Lunatic asylums Punjab 1895-1910 - 1895-1910
Year: 1895
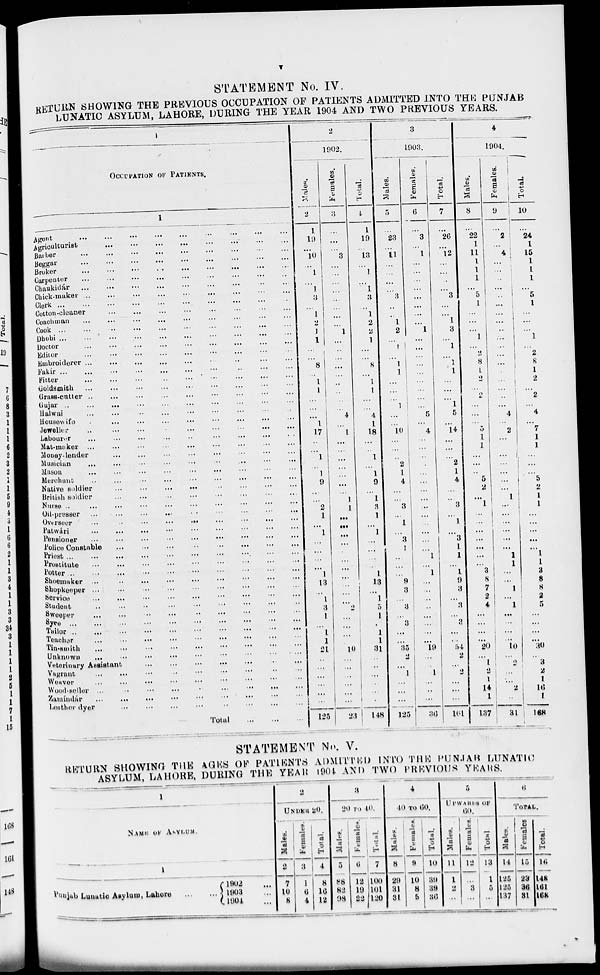
v
STATEMENT No. IV.
RETURN SHOWING THE PREVIOUS OCCUPATION OF PATIENTS ADMITTED INTO THE PUNJAB
LUNATIC ASYLUM, LAHORE, DURING THE YEAR 1904 AND TWO PREVIOUS YEARS.
1
OCCUPATION OF PATIENTS.
1
Agent
...
...
...
...
...
...
...
...
...
Agriculturist
... ... ... ...
...
...
...
Barber
...
...
...
...
...
...
...
Beggar
...
...
...
...
...
...
...
...
...
Broker
...
...
...
...
...
...
...
...
...
Carpenter
...
...
...
...
...
...
...
...
Chaukidár
...
...
...
...
...
...
...
...
...
Chick-maker
...
...
...
...
...
...
...
...
...
Clerk ... ... ... ... ... ... ... ... ...
Cotton-cleaner
...
...
...
...
...
...
...
...
...
Coaohman
...
...
...
...
...
...
...
...
...
Cook
...
...
...
...
...
...
...
...
...
Dhobi ... ... ... ... ... ... ... ... ...
Doctor ... ... ... ... ... ... ... ... ...
Editor
...
...
...
...
...
...
...
...
...
Embroiderer
...
...
...
...
...
...
...
...
...
fakír
...
...
...
...
...
...
...
...
...
Fitter
...
...
...
...
...
...
...
...
...
Goldsmith
...
...
...
...
...
...
...
...
...
Grass-cutter
...
...
...
...
...
...
...
...
...
Gujar ... ... ... ... ... ... ... ... ...
Halwai
...
...
...
...
...
...
...
...
...
Housewife
...
...
...
...
...
...
...
...
...
Jeweller
...
...
...
...
...
...
...
...
...
Labourer
...
...
...
...
...
...
...
...
...
Mat-maker
...
...
...
...
...
...
...
...
...
Money-lender
...
...
...
...
...
...
...
...
...
Musician
...
...
...
...
...
...
...
...
...
Mason
...
...
...
...
...
...
...
...
...
Merchant
...
...
...
...
...
...
...
...
...
Native soldier
...
...
...
...
...
...
...
...
...
British soldier
...
...
...
...
...
...
...
...
...
Nurse
...
...
...
...
...
...
...
...
...
Oil-presser ... ... ... ... ... ... ... ... ...
Overseer
...
...
...
...
...
...
...
...
...
Patwári
...
...
...
...
...
...
...
...
...
Pensioner ... ... ... ... ... ... ... ... ...
Police Constable
...
...
...
...
...
...
...
...
...
Priest
...
...
...
...
...
...
...
...
...
Prostitute
...
...
...
...
...
...
...
...
...
Potter ... ... ... ... ... ... ... ... ...
Shoemaker
...
...
...
...
...
...
...
...
...
Shopkeeper
...
...
...
...
...
...
...
...
...
Service
...
...
...
...
...
...
...
...
...
Student
...
...
...
...
...
...
...
...
...
Sweeper
...
...
...
...
...
...
...
...
...
Syee
..
...
...
...
...
...
...
...
...
...
Tailor
...
...
...
...
...
...
...
...
...
Teacher
...
...
...
...
...
...
...
...
...
Tin-smith ... ... ... ... ... ... ... ... ...
Unknown
...
...
...
...
...
...
...
...
...
Veterinary Assistant
...
...
...
...
...
...
...
...
...
Vagrant
...
...
...
...
...
...
...
...
...
Weaver
...
...
...
...
...
...
...
...
...
Wood-seller
...
...
...
...
...
...
...
...
...
Zawíndar
...
...
...
...
...
...
...
...
...
Leather dyer
...
...
...
...
...
...
...
...
...
Total ... ... ... ... ... ... ... ... ...
2
1902.
Males.
2
1
19
...
10
...
1
...
1
3
...
1
2
1
1
...
...
8
...
1
1
...
...
...
1
17
...
...
1
...
1
9
...
...
2
1
...
1
...
...
...
...
1
13
...
1
3
1
...
1
1
21
...
...
...
...
...
...
125
Females.
3
...
...
3
...
...
...
...
...
...
...
...
1
...
...
...
...
...
...
...
...
...
4
...
1
...
...
...
...
...
...
...
1
1
...
...
...
...
...
...
...
...
...
...
...
2
...
...
...
...
10
...
...
...
...
...
...
23
Total.
4
1
19
...
13
...
1.
...
1
3
...
1
2
2
1
...
...
8
...
1
1
...
...
4
1
18
...
...
1
...
1
9
...
1
3
1
...
1
...
...
...
...
1
13
...
1
5
1
...
1
1
31
...
...
...
...
...
...
148
3
1903.
Males.
5
...
23
...
11
...
...
...
...
3
...
...
1
2
...
1
...
1
1
...
...
...
1
...
...
10
...
...
..
2
1
4
...
...
3
...
1
...
3
1
...
...
...
9
3
...
3
...
3
...
...
35
2
...
1
...
...
...
125
Females.
6
...
3
...
1
...
....
...
...
...
...
...
...
1
...
...
...
...
...
...
...
...
...
5
...
4
...
...
...
...
...
...
...
...
...
...
...
...
...
...
1
...
1
...
...
..
...
...
...
...
...
19
...
...
1
...
...
...
36
Total.
7
...
26
...
12
...
...
..
...
3
...
...
1
3
...
1
...
1
1
...
...
...
1
5
...
14
...
...
...
2
1
4
...
...
3
...
1
...
3
1
1
...
1
9
3
...
3
...
3
...
...
54
2
...
2
...
...
...
161
4
1904.
Males.
8
...
22
1
11
1
1
1
...
5
1
...
...
...
1
...
2
8
1
2
...
2
...
...
...
5
1
1
...
...
...
5
2
...
1
...
...
...
...
...
...
...
3
8
7
2
4
...
...
...
...
20
...
1
2
1
14
1
137
Females.
9
...
2
...
4
...
...
...
...
...
...
...
...
...
...
...
...
...
...
...
...
...
...
4
...
2
...
...
...
...
...
...
...
1
...
...
...
...
...
...
1
1
...
...
1
...
1
...
...
...
...
10
...
2
...
...
2
...
31
Total.
10
...
24
1
15
1
1
1
...
5
1
...
...
...
1
...
2
8
1
2
...
2
...
4
...
7
1
1
...
...
...
5
2
1
1
...
...
...
...
...
1
1
3
8
8
2
5
...
...
...
...
30
...
3
2
1
16
1
168
STATEMENT No. V.
RETURN SHOWING THE AGES OF PATIENTS ADMITTED INTO THE PUNJAB LUNATIC
ASYLUM, LAHORE, DURING THE YEAR 1904 AND TWO PREVIOUS YEARS.
1
NAME OF ASYLUM.
1
Punjab Luatic Asylum, Lahore ...
1902
1903
1904
2
UNDER 20.
Males.
2
7
10
8
Females.
3
1
6
4
Total.
4
8
16
12
3
20 TO 40.
Males.
5
88
82
98
Females.
6
12
19
22
Total.
7
100
101
120
4
40 TO 60.
Males.
8
29
31
31
Females.
9
10
8
6
Total.
10
39
38
36
5
UPWARDS OF
60.
Males.
11
1
2
...
Females.
12
...
3
...
Total.
13
1
5
...
6
TOTAL.
Males.
14
...
125
137
Females.
15
29
36
31
Total.
16
148
161
168